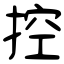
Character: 控